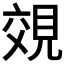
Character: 𧠷